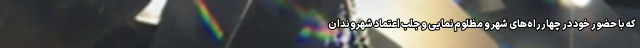
که با حضور خود در چهارراه‌های شهر و مظلوم‌نمایی و جلب اعتماد شهروندان